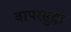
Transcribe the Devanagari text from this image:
वापरसुद्धा